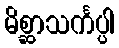
မိစ္ဆာသင်္ကပ္ပါ